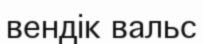
вендік вальс